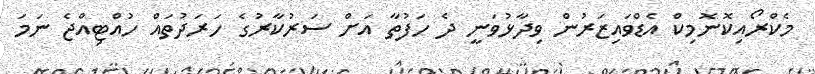
މެކްރޯއިކޮނޮމިކް އެޑްވައިޒަރުން ވިދާޅުވަނީ ދެ ހަފުތާ އަށް ސަރުކާރުގެ ހަރަދުތައް ހުއްޓިއްޖެ ނަމަ